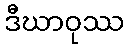
ဒီဃာဝုဿ